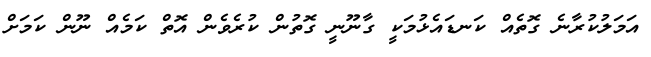
އަމަލުކުރާނެ ގޮތެއް ކަނޑައެޅުމަކީ ގާނޫނީ ގޮތުން ކުރެވެން އޮތް ކަމެއް ނޫން ކަމަށް